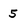
Character: 5